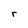
Character: r